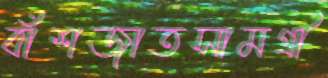
বাঁশজাতসামগ্রী